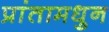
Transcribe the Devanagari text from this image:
प्रांतामधुन